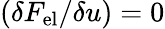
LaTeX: (\delta F_{\mathrm{{el}}}/\delta u)=0